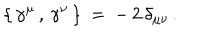
\{ \, \gamma ^ { \mu } \, , \, \gamma ^ { \nu } \, \} \: = \: - \, 2 \, \delta _ { \mu \nu } \, .